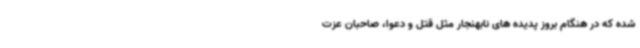
شده که در هنگام بروز پدیده های نابهنجار مثل قتل و دعوا، صاحبان عزت